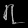
Digit: ၇